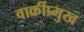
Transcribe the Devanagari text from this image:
वार्क्रीप्र्मुख